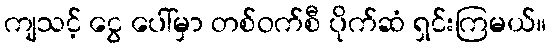
ကျသင့် ငွေ ပေါ်မှာ တစ်ဝက်စီ ပိုက်ဆံ ရှင်းကြမယ်။